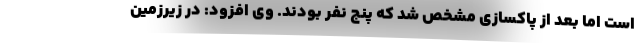
است اما بعد از پاکسازی مشخص شد که پنج نفر بودند. وی افزود: در زیرزمین